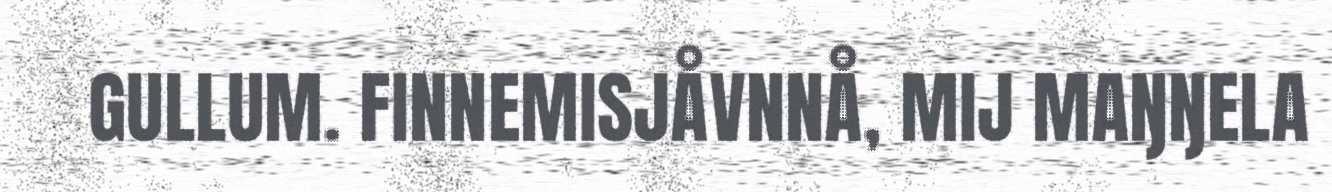
GULLUM. FINNEMISJÅVNNÅ, MIJ MAŊŊELA